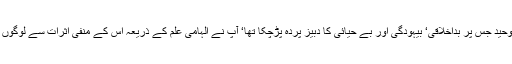
قدیم منہج توحید جس پر بداخلاقی‘ بیہودگی اور بے حیائی کا دبیز پردہ پڑچکا تھا‘ آپ نے الہامی علم کے ذریعہ اس کے منفی اثرات سے لوگوں کو آگاہ کیا۔